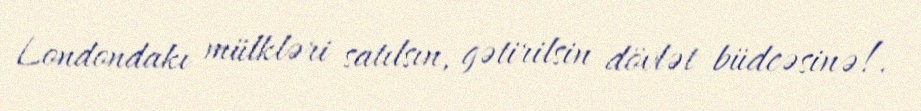
Londondakı mülkləri satılsın, gətirilsin dövlət büdcəsinə!.